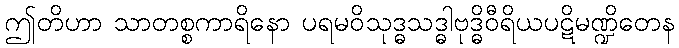
ဤတိဟာ သာတစ္စကာရိနော ပရမဝိသုဒ္ဓသဒ္ဓါဗုဒ္ဓိဝီရိယပဋိမဏ္ဍိတေန